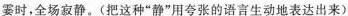
霎时，全场寂静。(把这种”静”用夸张的语言生动地表达出来)